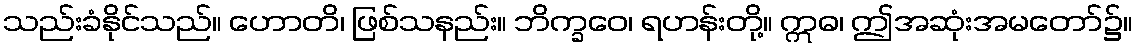
သည်းခံနိုင်သည်။ ဟောတိ၊ ဖြစ်သနည်း။ ဘိက္ခဝေ၊ ရဟန်းတို့။ ဣဓ၊ ဤအဆုံးအမတော်၌။